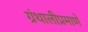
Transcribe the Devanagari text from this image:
ग्रंथालीप्रमाणे